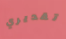
تقديري